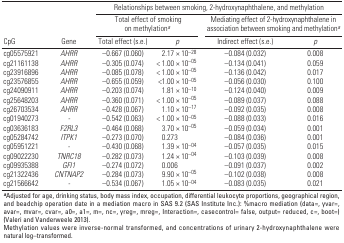
<table><thead><tr><td rowspan="3"><b>CpG</b></td><td rowspan="3"><b>Gene</b></td><td colspan="4"><b>Relationships between smoking, 2-hydroxynaphthalene, and methylation</b></td></tr><tr><td colspan="2"><b> Total effect of smoking on methylation<sup><i>a</i></sup></b></td><td colspan="2"><b>Mediating effect of 2-hydroxynaphthalene in association between smoking and methylation<sup><i>a</i></sup></b></td></tr><tr><td><b>Total effect (s.e.)</b></td><td><b><i>p</i></b></td><td><b>Indirect effect (s.e.)</b></td><td><b><i>p</i></b></td></tr></thead><tbody><tr><td><b>cg05575921</b></td><td><i>AHRR</i></td><td>–0.667 (0.060)</td><td>2.17 × 10<sup>–28</sup></td><td>–0.084 (0.032)</td><td>0.008</td></tr><tr><td><b>cg21161138</b></td><td><i>AHRR</i></td><td>–0.305 (0.074)</td><td>&lt; 1.00 × 10<sup>–05</sup></td><td>–0.134 (0.041)</td><td>0.059</td></tr><tr><td><b>cg23916896</b></td><td><i>AHRR</i></td><td>–0.085 (0.078)</td><td>&lt; 1.00 × 10<sup>–05</sup></td><td>–0.136 (0.042)</td><td>0.017</td></tr><tr><td><b>cg23576855</b></td><td><i>AHRR</i></td><td>–0.655 (0.059)</td><td>&lt;1.00 × 10<sup>–05</sup></td><td>–0.056 (0.030)</td><td>0.100</td></tr><tr><td><b>cg24090911</b></td><td><i>AHRR</i></td><td>–0.203 (0.074)</td><td>1.81 × 10<sup>–10</sup></td><td>–0.124 (0.040)</td><td>0.009</td></tr><tr><td><b>cg25648203</b></td><td><i>AHRR</i></td><td>–0.360 (0.071)</td><td>&lt; 1.00 × 10<sup>–05</sup></td><td>–0.089 (0.037)</td><td>0.088</td></tr><tr><td><b>cg26703534</b></td><td><i>AHRR</i></td><td>–0.428 (0.067)</td><td>1.10 × 10<sup>–17</sup></td><td>–0.092 (0.035)</td><td>0.008</td></tr><tr><td><b>cg01940273</b></td><td><i>-</i></td><td>–0.542 (0.063)</td><td>&lt; 1.00 × 10<sup>–05</sup></td><td>–0.088 (0.033)</td><td>0.016</td></tr><tr><td><b>cg03636183</b></td><td><i>F2RL3</i></td><td>–0.464 (0.068)</td><td>3.70 × 10<sup>–05</sup></td><td>–0.059 (0.034)</td><td>0.001</td></tr><tr><td><b>cg05284742</b></td><td><i>ITPK1</i></td><td>–0.273 (0.070)</td><td>0.273 </td><td>–0.084 (0.036)</td><td>0.001</td></tr><tr><td><b>cg05951221</b></td><td><i>-</i></td><td>–0.430 (0.068)</td><td>1.39 × 10<sup>–04</sup></td><td>–0.057 (0.035)</td><td>0.015</td></tr><tr><td><b>cg09022230</b></td><td><i>TNRC18</i></td><td>–0.282 (0.073)</td><td>1.24 × 10<sup>–04</sup></td><td>–0.103 (0.039)</td><td>0.008</td></tr><tr><td><b>cg09935388</b></td><td><i>GFI1</i></td><td>–0.274 (0.072)</td><td>0.006 </td><td>–0.091 (0.037)</td><td>0.002</td></tr><tr><td><b>cg21322436</b></td><td><i>CNTNAP2</i></td><td>–0.284 (0.073)</td><td>9.90 × 10<sup>–05</sup></td><td>–0.102 (0.038)</td><td>0.008</td></tr><tr><td><b>cg21566642</b></td><td>-</td><td>–0.534 (0.067)</td><td>1.05 × 10<sup>–04</sup></td><td>–0.083 (0.035)</td><td>0.021</td></tr><tr><td colspan="6"><sup><i><b>a</b></i></sup>Adjusted for age, drinking status, body mass index, occupation, differential leukocyte proportions, geographical region, and beadchip operation date in a mediation macro in SAS 9.2 (SAS Institute Inc.): %macro mediation (data=, yvar=, avar=, mvar=, cvar=, a0=, a1=, m=, nc=, yreg=, mreg=, Interaction=, casecontrol= false, output= reduced, c=, boot=) (Valeri and Vanderweele 2013). Methylation values were inverse-normal transformed, and concentrations of urinary 2-hydroxynaphthalene were natural log–transformed.</td></tr></tbody></table>